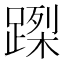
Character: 𨃮